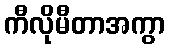
ကီလိုမီတာအကွာ